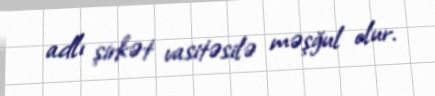
adlı şirkət vasitəsilə məşğul olur.